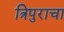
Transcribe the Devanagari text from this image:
त्रिपुराचा